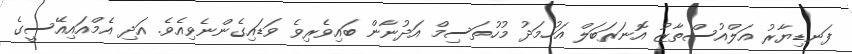
ފަނޑިޔާރު އަލްއުސްތާޒު އޮނަރަބަލް އަހުމަދު މުހުތަސިމް އަދުނާން ބައިވެރިވެ ވަޑައިގެންނެވިއެވެ. އަދި އެމްއައިއޭސީގެ